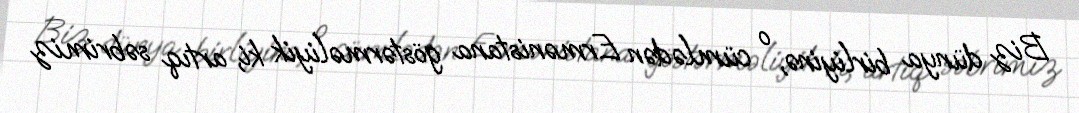
Biz dünya birliyinə, o cümlədən Ermənistana göstərməliyik ki, artıq səbrimiz